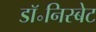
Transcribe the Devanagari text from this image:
डॉ॰निस्बेट